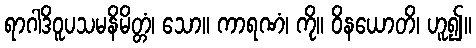
ရာဂါဒိဝူပသမနိမိတ္တံ၊ သော။ ကာရဏံ၊ ကို။ ဝိနယောတိ၊ ဟူ၍။